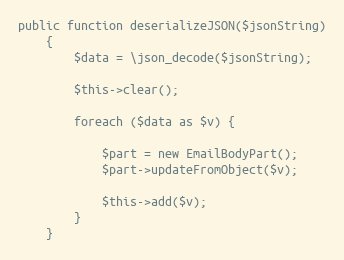
Language: PHP
public function deserializeJSON($jsonString)
    {
        $data = \json_decode($jsonString);

        $this->clear();

        foreach ($data as $v) {

            $part = new EmailBodyPart();
            $part->updateFromObject($v);

            $this->add($v);
        }
    }